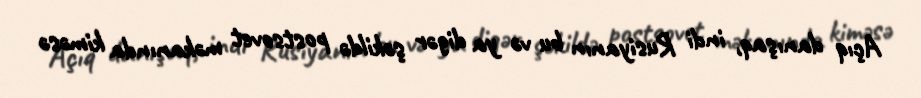
Açıq danışaq, indi Rusiyanın bu və ya digər şəkildə postsovet məkanında kiməsə